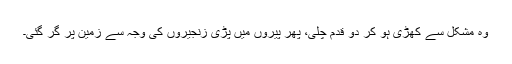
وہ مشکل سے کھڑی ہو کر دو قدم چلی، پھر پیروں میں پڑی زنجیروں کی وجہ سے زمین پر گر گئی۔